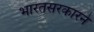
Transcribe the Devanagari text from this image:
भारतसरकारने